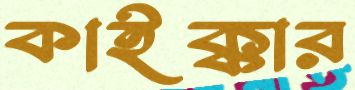
কাইক্কার